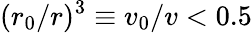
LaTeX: (r_{0}/r)^{3}\equiv v_{0}/v<0.5